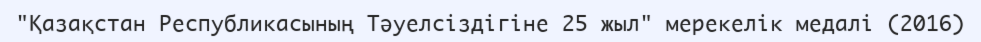
"Қазақстан Республикасының Тәуелсіздігіне 25 жыл" мерекелік медалі (2016)